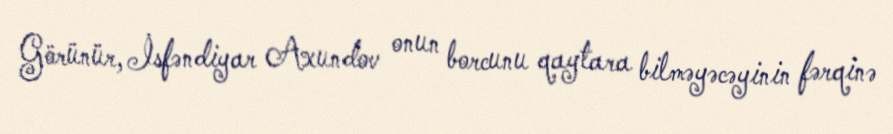
Görünür, İsfəndiyar Axundov onun borcunu qaytara bilməyəcəyinin fərqinə